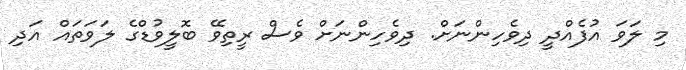
މި ލަވަ އުފެއްދީ ދިވެހިންނަށް. ދިވެހިންނަށް ވެސް ރީތިވޭ ބޮލީވުޑްގެ ލަވަތައް އަދި